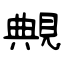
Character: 覥